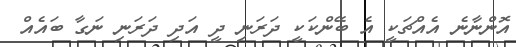
އޮންނާނެ އެއްޗަކީ އެ ބޭންކަކީ ދަރަނި ދީ އަދި ދަރަނި ނަގާ ބައެއް